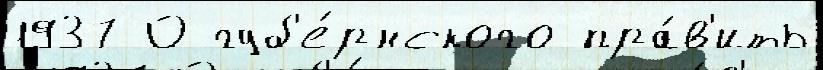
1937 О губ'е́рнского пра́в'ить